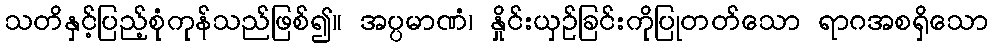
သတိနှင့်ပြည့်စုံကုန်သည်ဖြစ်၍။ အပ္ပမာဏံ၊ နှိုင်းယှဉ်ခြင်းကိုပြုတတ်သော ရာဂအစရှိသော